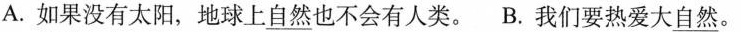
A.如果没有太阳，地球上\underline{自然}也不会有人类。 B.我们要热爱大\underline{自然}。